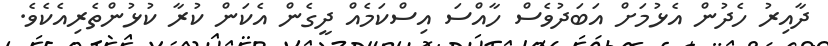
ދާއިރު ހެދުން އެޅުމަށް އަަބަދުވެސް ހާއްސަ އިސްކަމެއް ދީގެން އެކަން ކުރާ ކުޅުންތެރިއެކެވެ.